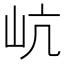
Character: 𡵻